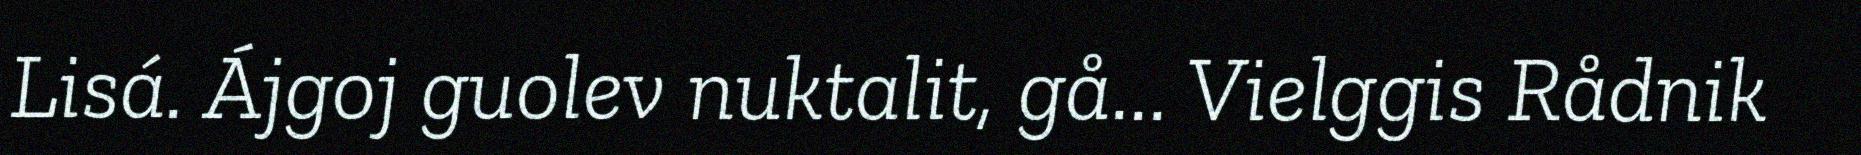
Lisá. Ájgoj guolev nuktalit, gå... Vielggis Rådnik